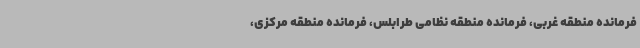
فرمانده منطقه غربی،‌ فرمانده منطقه نظامی طرابلس، فرمانده منطقه مرکزی،